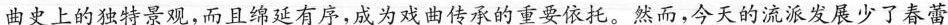
曲史上的独特景观，而且绵延有序，成为戏曲传承的重要依托。然而，今天的流派发展少了春蕾